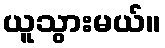
ယူသွားမယ်။